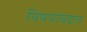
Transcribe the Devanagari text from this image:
विषयांबद्दल